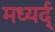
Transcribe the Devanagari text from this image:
मध्यर्द्